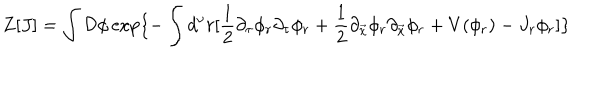
Z [ J ] = \int { \cal D } \phi \exp \{ - \int d ^ { \nu } r [ { \frac { 1 } { 2 } } \partial _ { \tau } \phi _ { r } \partial _ { \tau } \phi _ { r } + { \frac { 1 } { 2 } } \partial _ { \vec { x } } \phi _ { r } \partial _ { \vec { x } } \phi _ { r } + V ( \phi _ { r } ) - J _ { r } \phi _ { r } ] \}